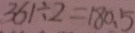
3 6 1 \div 2 = 1 8 0 . 5